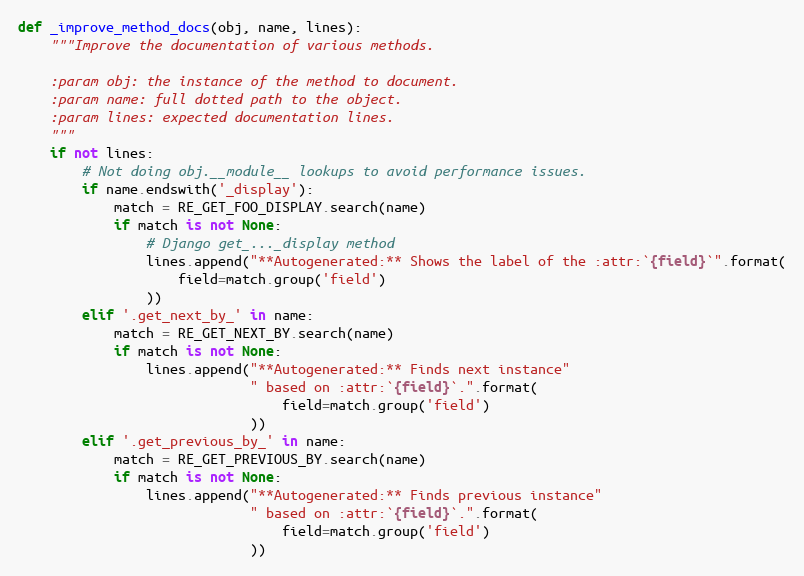
Language: Python
def _improve_method_docs(obj, name, lines):
    """Improve the documentation of various methods.

    :param obj: the instance of the method to document.
    :param name: full dotted path to the object.
    :param lines: expected documentation lines.
    """
    if not lines:
        # Not doing obj.__module__ lookups to avoid performance issues.
        if name.endswith('_display'):
            match = RE_GET_FOO_DISPLAY.search(name)
            if match is not None:
                # Django get_..._display method
                lines.append("**Autogenerated:** Shows the label of the :attr:`{field}`".format(
                    field=match.group('field')
                ))
        elif '.get_next_by_' in name:
            match = RE_GET_NEXT_BY.search(name)
            if match is not None:
                lines.append("**Autogenerated:** Finds next instance"
                             " based on :attr:`{field}`.".format(
                                 field=match.group('field')
                             ))
        elif '.get_previous_by_' in name:
            match = RE_GET_PREVIOUS_BY.search(name)
            if match is not None:
                lines.append("**Autogenerated:** Finds previous instance"
                             " based on :attr:`{field}`.".format(
                                 field=match.group('field')
                             ))